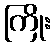
ကြိုး